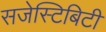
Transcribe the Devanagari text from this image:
सजेस्टिबिटी